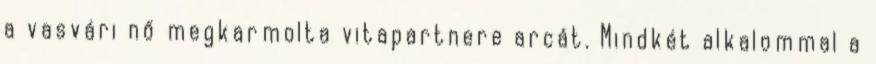
a vasvári nő megkarmolta vitapartnere arcát. Mindkét alkalommal a